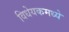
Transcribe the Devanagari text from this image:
विधेयकमध्ये